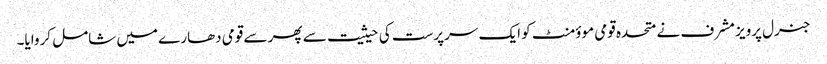
جنرل پرویز مشرف نے متحدہ قومی موؤمنٹ کو ایک سرپرست کی حیثیت سے پھر سے قومی دھارے میں شامل کروایا۔